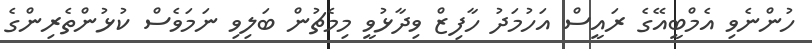
ހުންނެވި އެމްބީއޭގެ ރައީސް އަހުމަދު ހާފިޒް ވިދާޅުވީ މިމެޗުން ބަލިވި ނަމަވެސް ކުޅުންތެރިންގެ